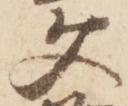
文